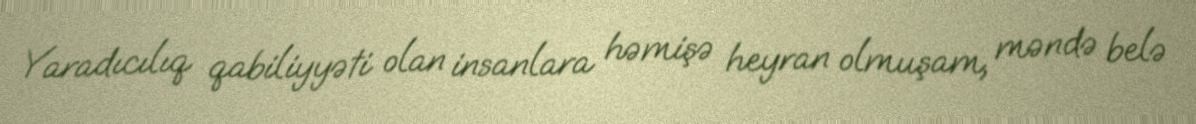
Yaradıcılıq qabiliyyəti olan insanlara həmişə heyran olmuşam, məndə belə